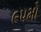
૯૫મો